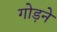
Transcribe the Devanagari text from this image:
गोड़ने